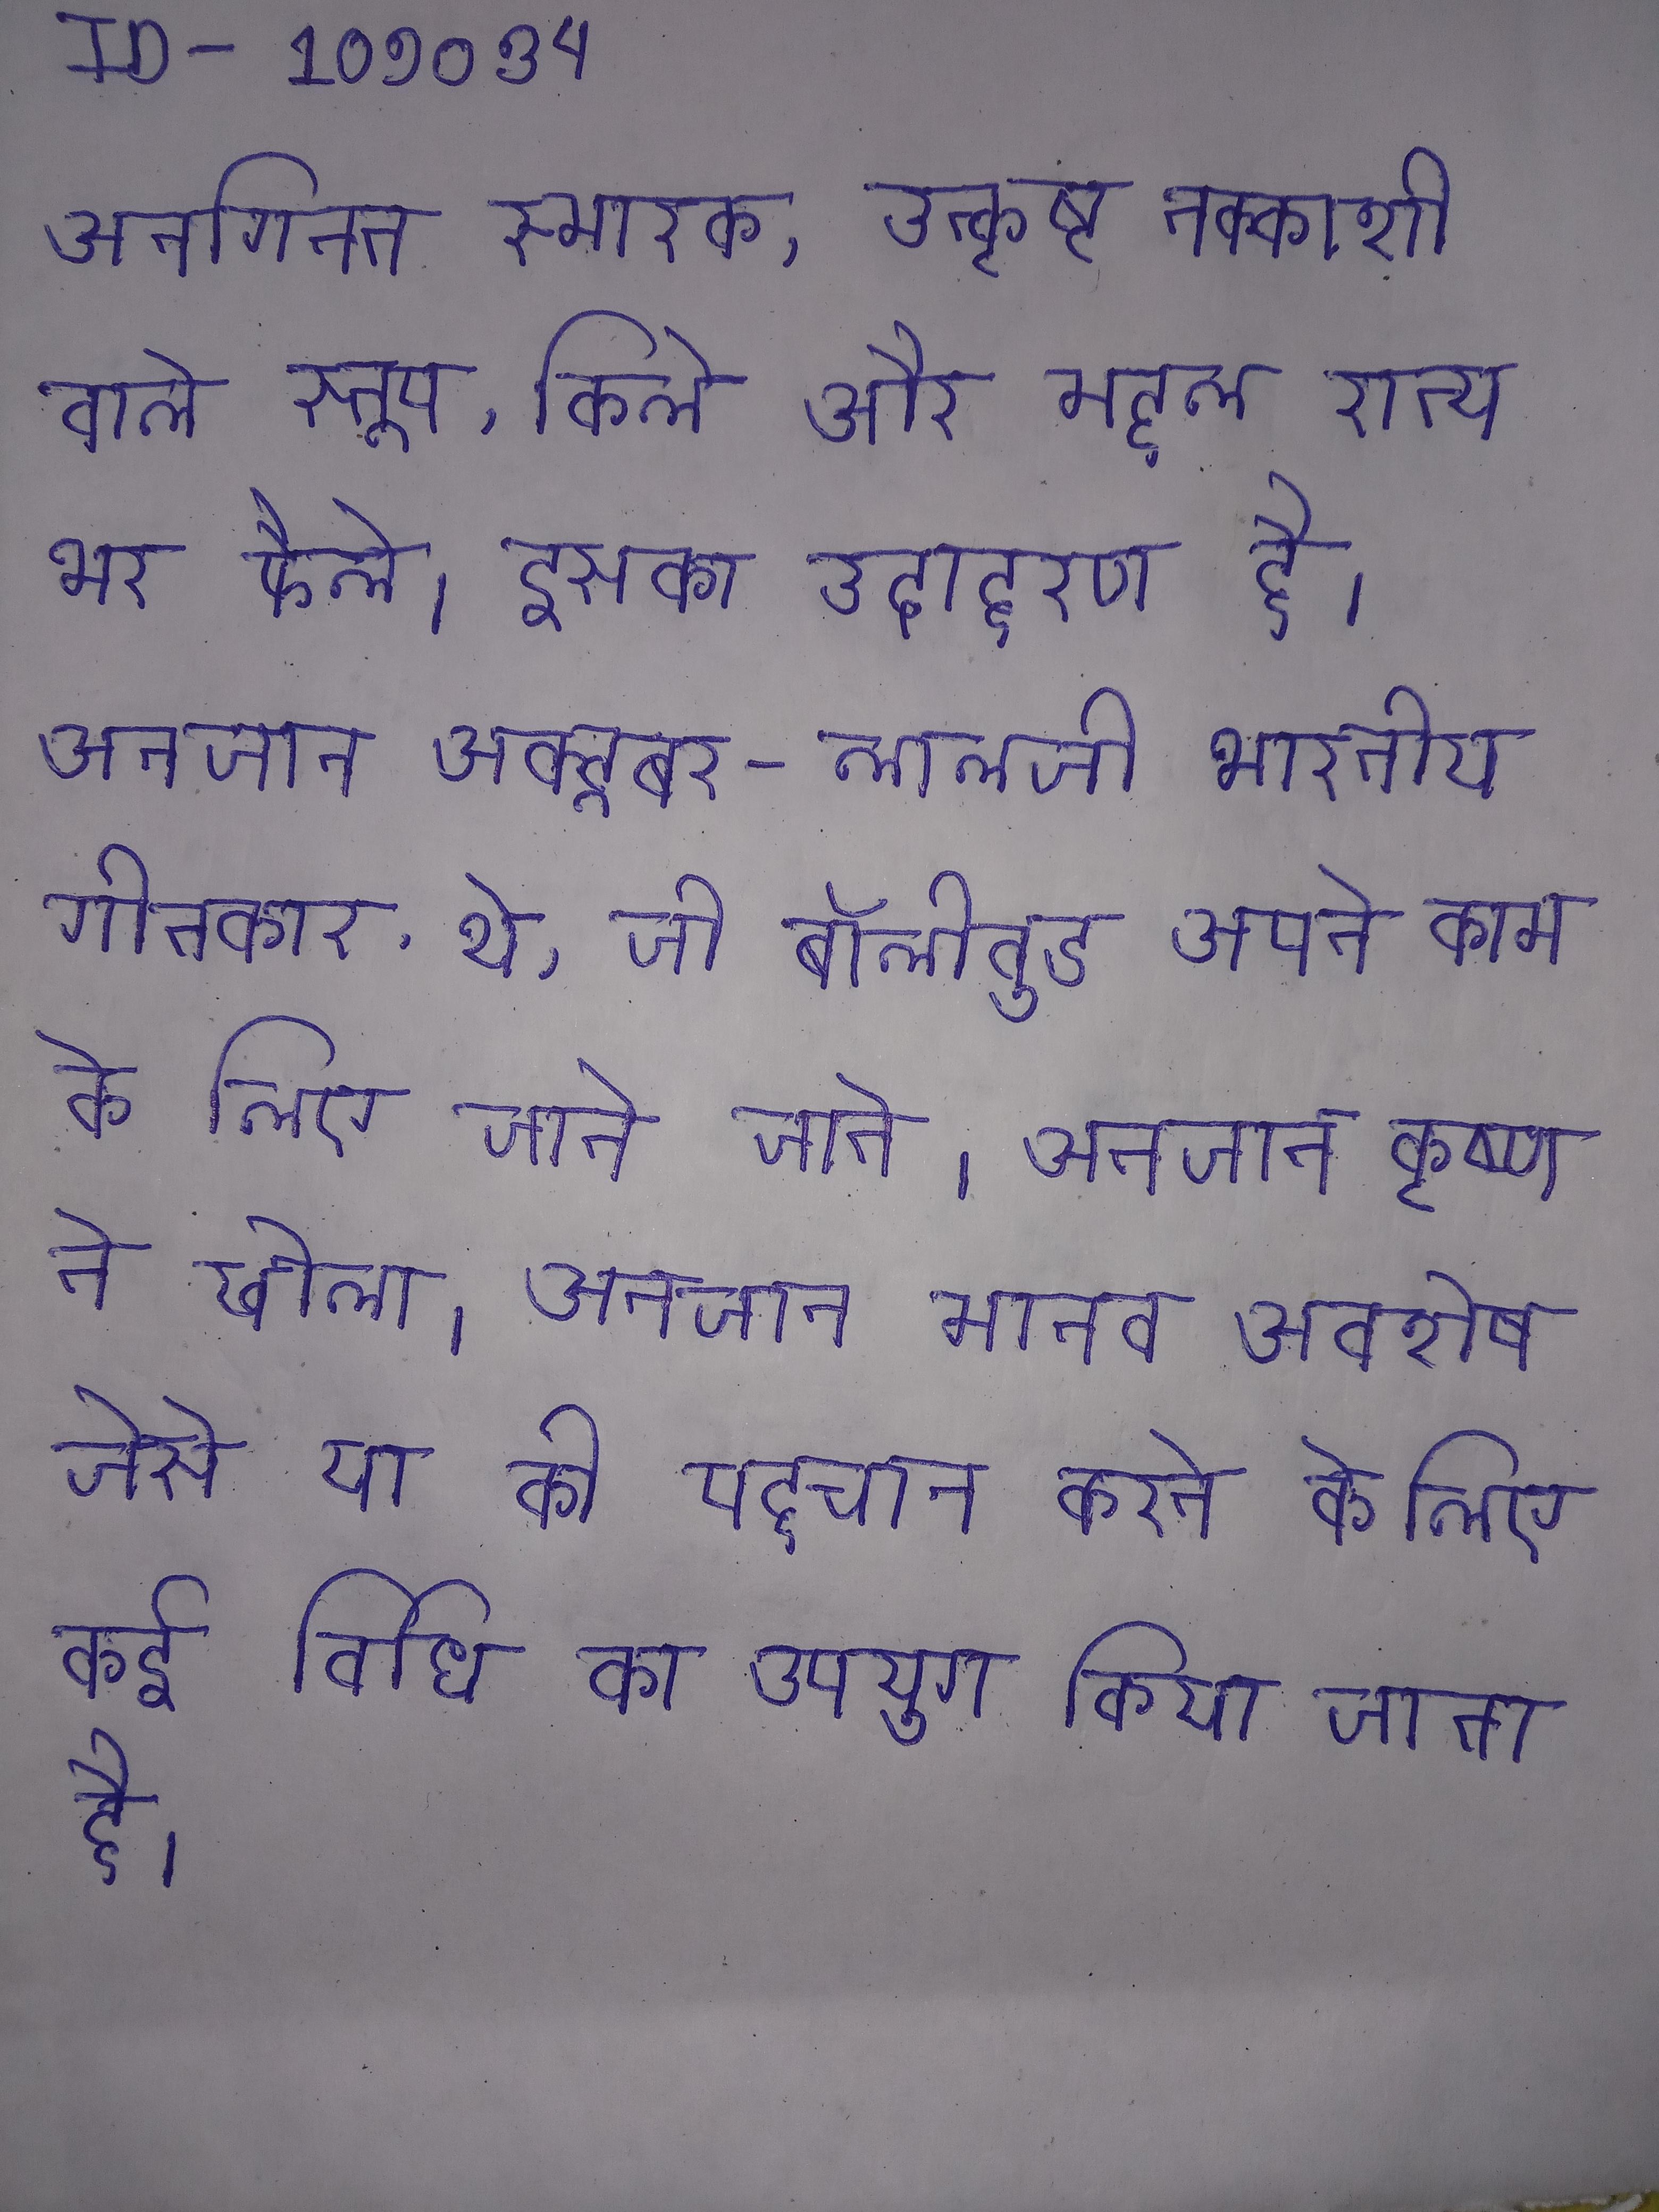
अनगिनत स्मारक, उत्कृष्ट नक्काशी वाले स्तूप, किले और महल राज्य भर फैले । इसका उदाहरण है । अनजान अक्टूबर - लालजी भारतीय गीतकार थे, जो बॉलीवुड अपने काम के लिए जाने जाते । अनजान कृष्ण ने खोला । अनजान मानव अवशेष जेसे या की पहचान करने के लिए कई विधि का उपयुग किया जाता है ।